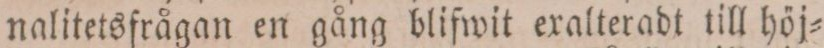
nalitetsfrågan en gång blifwit exalteradt till höj=